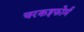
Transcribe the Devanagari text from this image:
चरकइफोर्म